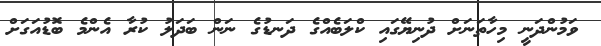
ވަމުންދަނީ މިހާތަނަށް ދުނިޔޭގައި ކްލަބެއްގެ ދަނޑުގެ ނަން ބަދަލު ކުރާ އެންމެ ބޮޑުއަގަށް